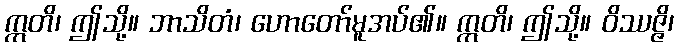
ဣတိ၊ ဤသို့။ ဘာသိတံ၊ ဟောတော်မူအပ်၏။ ဣတိ၊ ဤသို့။ ဝိဿဇ္ဇိ၊